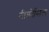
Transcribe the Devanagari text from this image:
नीडोसिल